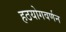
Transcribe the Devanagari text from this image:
हठयोगवर्णन